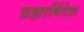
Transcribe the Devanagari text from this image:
ब्रह्मार्षिदेश